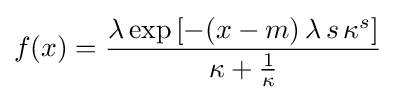
f(x)={\frac {\lambda \exp \left[-(x-m)\,\lambda \,s\,\kappa ^{s}\right]}{\kappa +{\frac {1}{\kappa }}}}